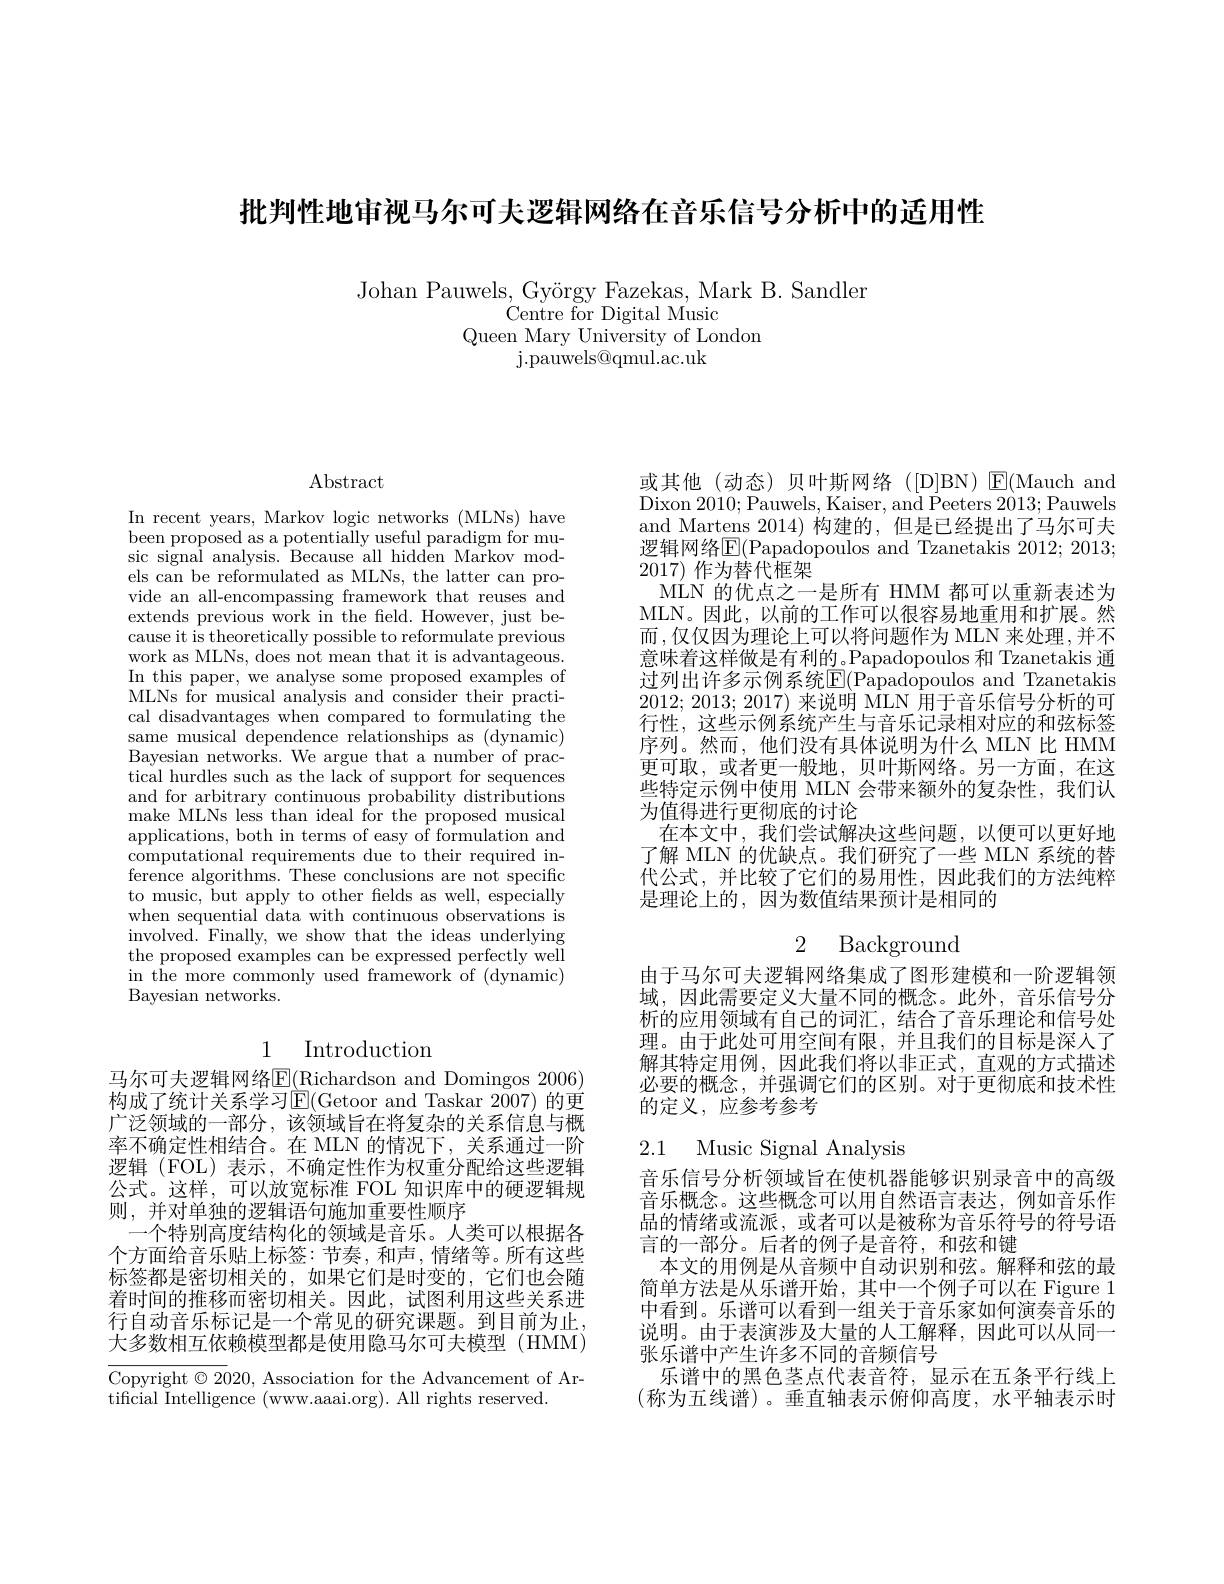
批判性地审视马尔可夫逻辑网络在音乐信号分析中的适用性

Johan Pauwels, György Fazekas, Mark B. Sandler
 Centre for Digital Music
Queen Mary University of London
${\mathrm{j.pauwels@qmul.ac.uk}}$

$\operatorname{Abstract}$

In recent years, Markov logic networks (MLNs) have been proposed as a potentially useful paradigm for music signal analysis. Because all hidden Markov models can be reformulated as MLNs, the latter can provide an all-encompassing framework that reuses and extends previous work in the field. However, just because it is theoretically possible to reformulate previous work as MLNs, does not mean that it is advantageous. In this paper, we analyse some proposed examples of MLNs for musical analysis and consider their practical disadvantages when compared to formulating the same musical dependence relationships as (dynamic) Bayesian networks. We argue that a number of practical hurdles such as the lack of support for sequences and for arbitrary continuous probability distributions make MLNs less than ideal for the proposed musical applications, both in terms of easy of formulation and computational requirements due to their required in- $\hat{\text{ference algorithms. These conclusions are not specific}}$ to music, but apply to other felds as well, especially when sequential data with continuous observations is involved. Finally, we show that the ideas underlying the proposed examples can be expressed perfectly well in the more commonly used framework of (dynamic) Bayesian networks.

# 1 Introduction

马尔可夫逻辑网络$\underline{\mathrm{E}}(\underline{\mathrm{Richardson~and~Domingos~2006}})$ 构成了统计关系学习$\operatorname{E}($Getoor and Taskar 2007) 的更广泛领域的一部分，该领域旨在将复杂的关系信息与概率不确定性相结合。在 MLN 的情况下，关系通过一阶逻辑(FOL)表示，不确定性作为权重分配给这些逻辑公式。这样，可以放宽标准 FOL 知识库中的硬逻辑规则，并对单独的逻辑语句施加重要性顺序
一个特别高度结构化的领域是音乐。人类可以根据各个方面给音乐贴上标签：节奏，和声，情绪等。所有这些标签都是密切相关的，如果它们是时变的，它们也会随着时间的推移而密切相关。因此，试图利用这些关系进行自动音乐标记是一个常见的研究课题。到目前为止， 大多数相互依赖模型都是使用隐马尔可夫模型 (HMM)

Copyright $\odot2020$, Association for the Advancement of Ar-
tificial Intelligence (www.aaaai.org). All rights reserved.

或其他(动态)贝叶斯网络([D]BN)▣E(Mauch and Dixon 2010; Pauwels, Kaiser, and Peeters 2013; Pauwels and Martens 2014)构建的，但是已经提出了马尔可夫逻辑网络$\boxed{\mathrm{E}}($Papadopoulos and Tzanetakis 2012; 2013; 2017)作为替代框架
MLN 的优点之一是所有 HMM 都可以重新表述为MLN。因此，以前的工作可以很容易地重用和扩展。然而 ,仅仅因为理论上可以将问题作为 MLN 来处理，并不意味着这样做是有利的。Papadopoulos 和 Tzanetakis 通过列出许多示例系统E(Papadopoulos and Tzanetakis 2012; 2013; 2017)来说明 MLN 用于音乐信号分析的可行性，这些示例系统产生与音乐记录相对应的和弦标签序列。然而，他们没有具体说明为什么 MLN 比 HMM 更可取，或者更一般地，贝叶斯网络。另一方面，在这些特定示例中使用 MLN 会带来额外的复杂性，我们认为值得进行更彻底的讨论
在本文中，我们尝试解决这些问题，以便可以更好地了解 MLN 的优缺点。我们研究了一些 MLN 系统的替代公式，并比较了它们的易用性，因此我们的方法纯粹是理论上的，因为数值结果预计是相同的

# 2 Background

由于马尔可夫逻辑网络集成了图形建模和一阶逻辑领域，因此需要定义大量不同的概念。此外，音乐信号分析的应用领域有自己的词汇，结合了音乐理论和信号处理。由于此处可用空间有限，并且我们的目标是深人了解其特定用例，因此我们将以非正式，直观的方式描述必要的概念，并强调它们的区别。对于更彻底和技术性的定义，应参考参考

### 2.1 Music Signal Analvsis

音乐信号分析领域旨在使机器能够识别录音中的高级音乐概念。这些概念可以用自然语言表达，例如音乐作品的情绪或流派，或者可以是被称为音乐符号的符号语言的一部分。后者的例子是音符，和弦和键
本文的用例是从音频中自动识别和弦。解释和弦的最简单方法是从乐谱开始，其中一个例子可以在 Figure 1中看到。乐谱可以看到一组关于音乐家如何演奏音乐的说明。由于表演涉及大量的人工解释，因此可以从同一张乐谱中产生许多不同的音频信号
乐谱中的黑色茎点代表音符，显示在五条平行线上(称为五线谱)。垂直轴表示俯仰高度，水平轴表示时